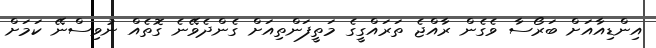
އިންޑިއާއަށް ބަރޯސާ ވެގެން ރާއްޖެ ތަރައްގީގެ މަތީފަންތިއަށް ގެންދެވޭނެ ގޮތެއް ނުވިސްނޭ ކަމަށް